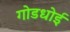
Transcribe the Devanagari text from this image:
गोडधोई